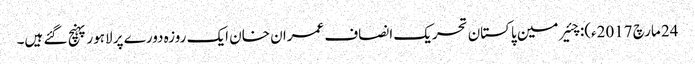
24 مارچ 2017ء): چئیر مین پاکستان تحریک انصاف عمران خان ایک روزہ دورے پر لاہور پہنچ گئے ہیں۔